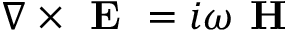
{ \nabla \times \textbf { E } = i \omega \textbf { H } }